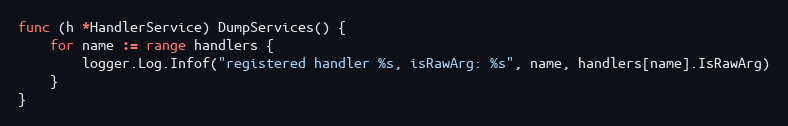
Language: Go
func (h *HandlerService) DumpServices() {
	for name := range handlers {
		logger.Log.Infof("registered handler %s, isRawArg: %s", name, handlers[name].IsRawArg)
	}
}